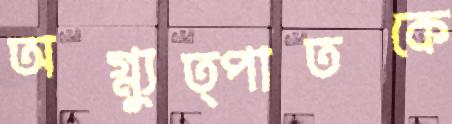
অগ্ন্যুত্পাতকে